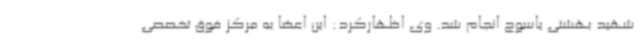
شهید بهشتی یاسوج انجام شد. وی اظهارکرد: این اعضا به مرکز فوق تخصصی